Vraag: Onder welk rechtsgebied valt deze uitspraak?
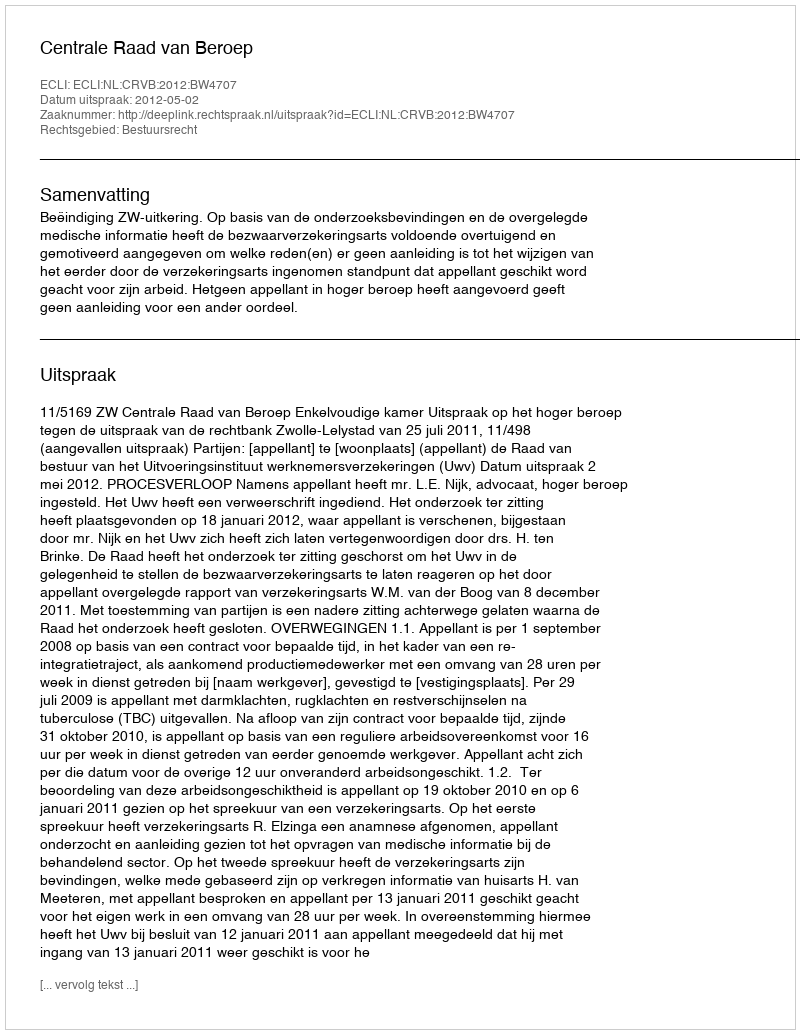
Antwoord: Bestuursrecht